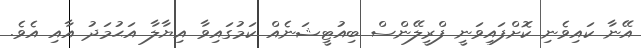
އޭނާ ކައިވެނި ކޮށްފައިވަނީ ފްރީލޭންސް ބިއުޓީޝަނެއް ކަމުގައިވާ އިޔާލާ އަޙުމަދު އާއި އެވެ.